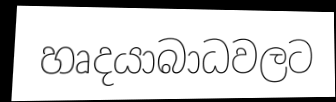
හෘදයාබාධවලට